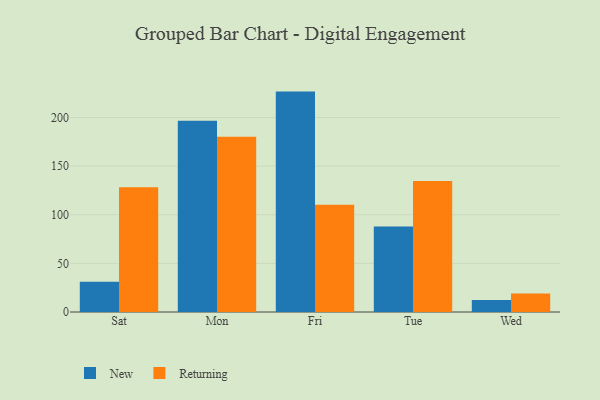
{"axis": {"x": "Day", "y": "Humidity (%)"}, "legend": ["New", "Returning"], "data": [{"x": "Sat", "y": 31.2, "type": "New"}, {"x": "Sat", "y": 128.3, "type": "Returning"}, {"x": "Mon", "y": 196.6, "type": "New"}, {"x": "Mon", "y": 180.2, "type": "Returning"}, {"x": "Fri", "y": 226.6, "type": "New"}, {"x": "Fri", "y": 110.2, "type": "Returning"}, {"x": "Tue", "y": 87.8, "type": "New"}, {"x": "Tue", "y": 134.6, "type": "Returning"}, {"x": "Wed", "y": 12.4, "type": "New"}, {"x": "Wed", "y": 19.0, "type": "Returning"}]}